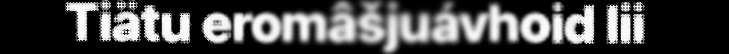
Tiätu eromâšjuávhoid lii